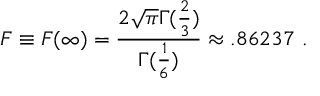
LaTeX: F \equiv F ( \infty ) = \frac { 2 \sqrt \pi \Gamma ( \frac { 2 } { 3 } ) } { \Gamma ( \frac { 1 } { 6 } ) } \approx . 8 6 2 3 7 \ .